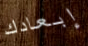
إبعادك